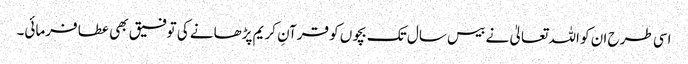
اسی طرح ان کو اللہ تعالیٰ نے بیس سال تک بچوں کو قرآنِ کریم پڑھانے کی توفیق بھی عطا فرمائی۔